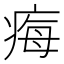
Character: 痗